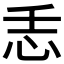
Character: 𢗩